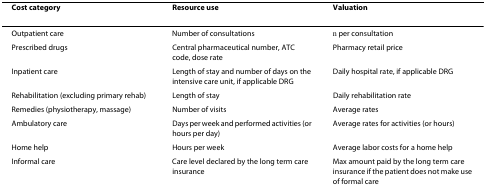
| Cost category | Resource use | Valuation |
 | --- | --- | --- |
 | Outpatient care | Number of consultations | € per consultation |
 | Prescribed drugs | Central pharmaceutical number, ATC code, dose rate | Pharmacy retail price |
 | Inpatient care | Length of stay and number of days on the intensive care unit, if applicable DRG | Daily hospital rate, if applicable DRG |
 | Rehabilitation (excluding primary rehab) | Length of stay | Daily rehabilitation rate |
 | Remedies (physiotherapy, massage) | Number of visits | Average rates |
 | Ambulatory care | Days per week and performed activities (or hours per day) | Average rates for activities (or hours) |
 | Home help | Hours per week | Average labor costs for a home help |
 | Informal care | Care level declared by the long term care insurance | Max amount paid by the long term care insurance if the patient does not make use of formal care |